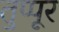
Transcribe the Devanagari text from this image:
तुप्पूर